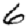
Digit: 6